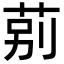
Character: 莂